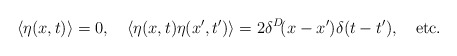
\begin{align*}\langle\eta(x,t)\rangle=0,\quad\langle\eta(x,t)\eta(x',t')\rangle=2\delta^D\!(x-x')\delta(t-t'),\quad{\mathrm{etc.}}\end{align*}